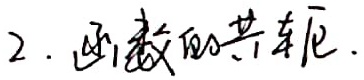
2. 函数的共轭.